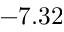
- 7 . 3 2